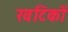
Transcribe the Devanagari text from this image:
खटिकों